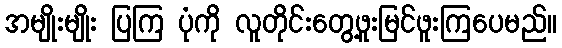
အမျိုးမျိုး ပြကြ ပုံကို လူတိုင်းတွေ့ဖူးမြင်ဖူးကြပေမည်။